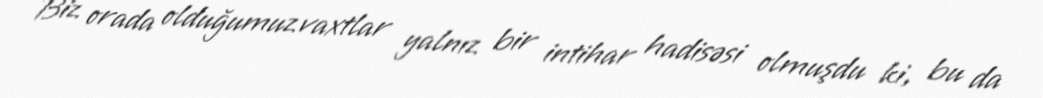
Biz orada olduğumuz vaxtlar yalnız bir intihar hadisəsi olmuşdu ki, bu da